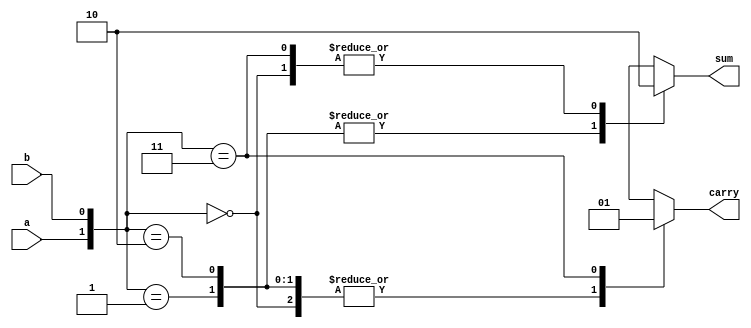
module half (sum,carry,a,b);
	output reg sum,carry;
	input a;
	input b;
	
	/*always @ (a,b,cin) begin
		 assign sum= a ^b ^cin;
		 assign carry =(a&b)|(b&cin)|(cin&a);end*/
		
	always @(a,b)
		begin
		case ({a,b})
			2'b00: begin
			        sum=0;
			        carry=0; end
			2'b01: begin
			        sum=1;
			        carry=0; end 
			2'b10: begin
			        sum=1;
			        carry=0; end
			2'b11: begin
			        sum=0;
			        carry=1; end 
		endcase
		end
		
// 		initial
// 		#200 $display("%b,%b",a,b);
endmodule